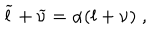
LaTeX: \widetilde { l } + \widetilde { \nu } = \alpha ( l + \nu ) \; ,